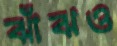
ঝাঁঝও